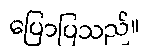
ပြောပြသည်။